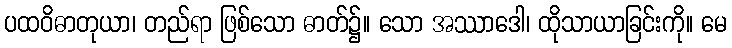
ပထဝိဓာတုယာ၊ တည်ရာ ဖြစ်သော ဓာတ်၌။ သော အဿာဒေါ၊ ထိုသာယာခြင်းကို။ မေ